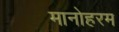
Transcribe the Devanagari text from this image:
मानोहरम